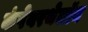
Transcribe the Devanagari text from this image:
कंपेयरथेलॉन